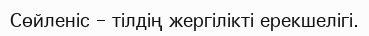
Сөйленіс – тілдің жергілікті ерекшелігі.